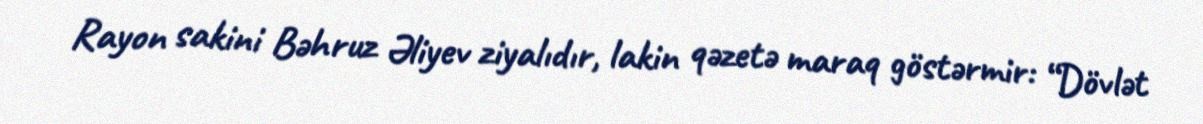
Rayon sakini Bəhruz Əliyev ziyalıdır, lakin qəzetə maraq göstərmir: “Dövlət